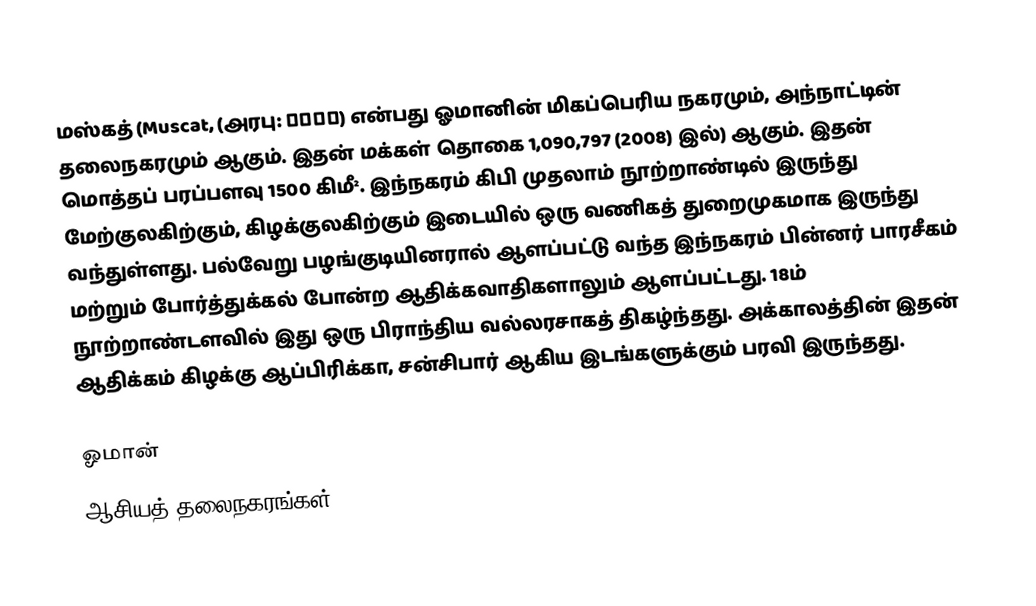
மஸ்கத் (Muscat, (அரபு: مسقط) என்பது ஓமானின் மிகப்பெரிய நகரமும், அந்நாட்டின் தலைநகரமும் ஆகும். இதன் மக்கள் தொகை 1,090,797 (2008) இல்) ஆகும். இதன் மொத்தப் பரப்பளவு 1500 கிமீ². இந்நகரம் கிபி முதலாம் நூற்றாண்டில் இருந்து மேற்குலகிற்கும், கிழக்குலகிற்கும் இடையில் ஒரு வணிகத் துறைமுகமாக இருந்து வந்துள்ளது. பல்வேறு பழங்குடியினரால் ஆளப்பட்டு வந்த இந்நகரம் பின்னர் பாரசீகம் மற்றும் போர்த்துக்கல் போன்ற ஆதிக்கவாதிகளாலும் ஆளப்பட்டது. 18ம் நூற்றாண்டளவில் இது ஒரு பிராந்திய வல்லரசாகத் திகழ்ந்தது. அக்காலத்தின் இதன் ஆதிக்கம் கிழக்கு ஆப்பிரிக்கா, சன்சிபார் ஆகிய இடங்களுக்கும் பரவி இருந்தது.

ஓமான்
ஆசியத் தலைநகரங்கள்